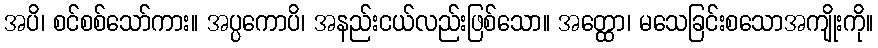
အပိ၊ စင်စစ်သော်ကား။ အပ္ပကောပိ၊ အနည်းငယ်လည်းဖြစ်သော။ အတ္ထော၊ မသေခြင်းစသောအကျိုးကို။